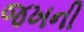
જખની